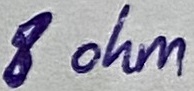
Text: 8 ohm